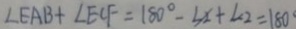
\angle E A B + \angle E C F = 1 8 0 ^ { \circ } - 3 X + \angle 2 = 1 8 0 ^ { \circ }